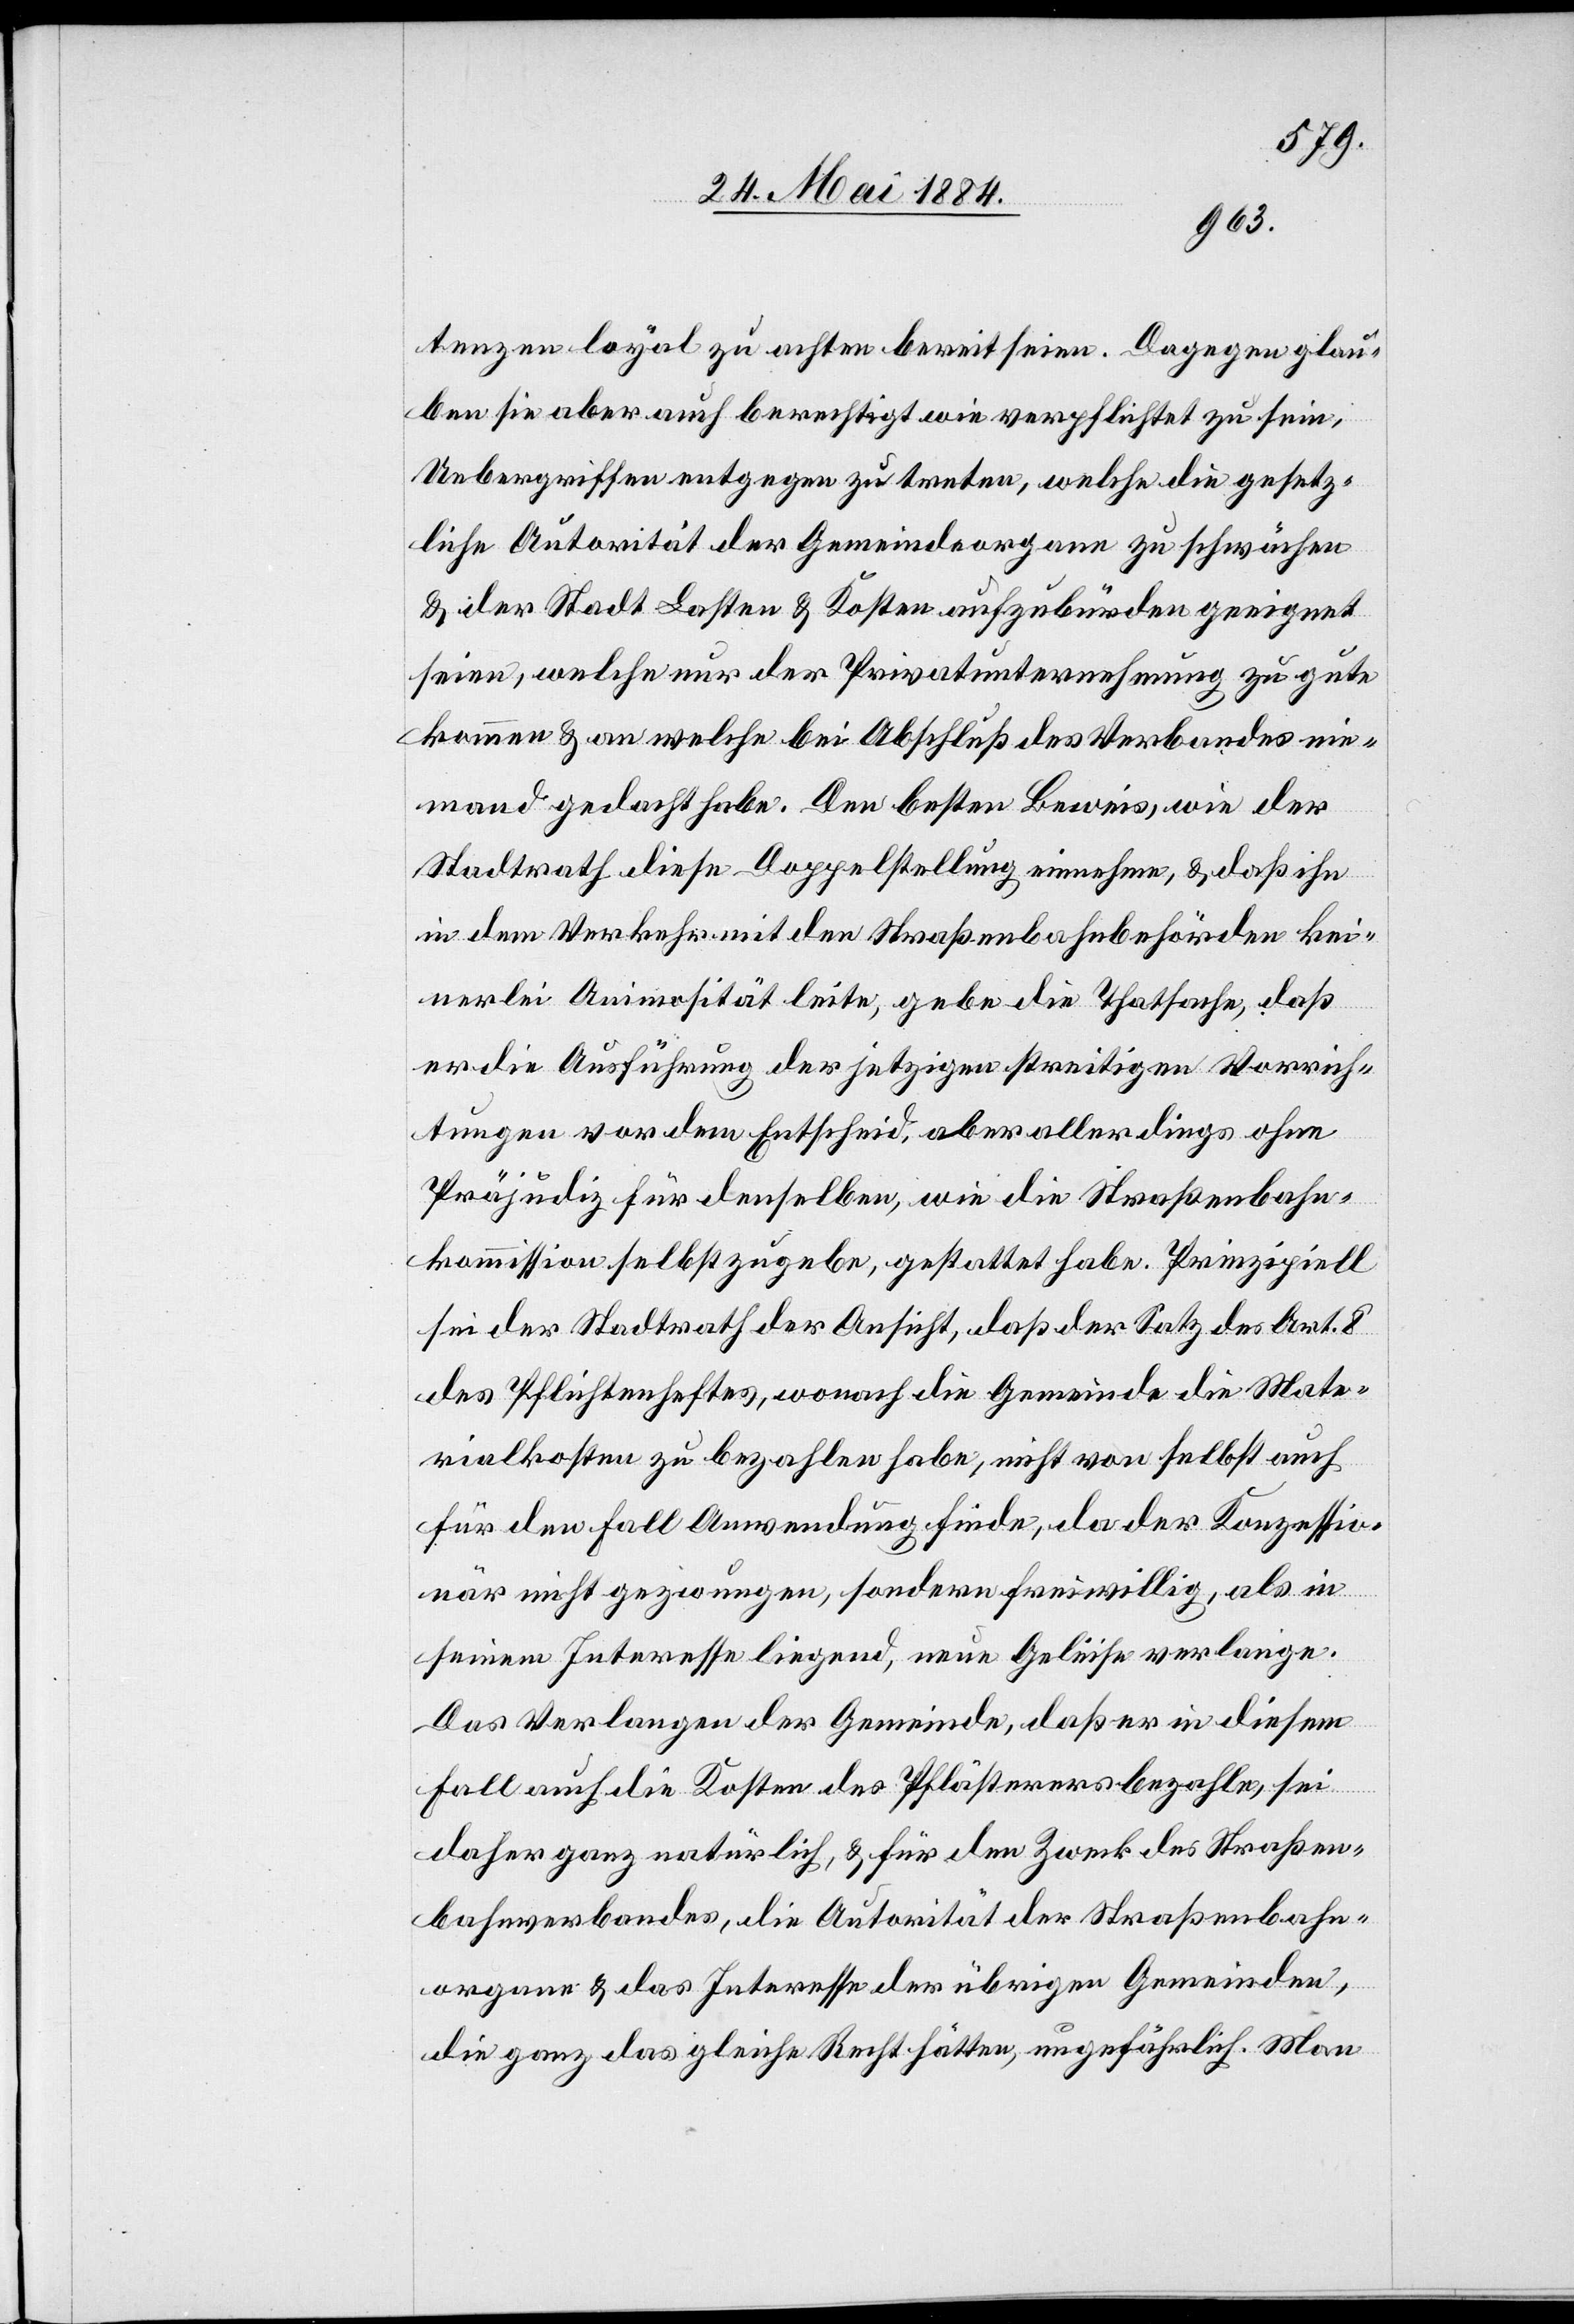
tenzen loyal zu achten bereit seien. dagegen glau¬
ben sie aber auch berechtigt wie verpflichtet zu sein,
Uebergriffen entgegen zu treten, welche die gesetz¬
liche Autorität der Gemeindeorgane zu schwächen
& der Stadt Lasten & Kosten aufzubürden geeignet
seien, welche nur der Privatunternehmung zu gute
kommen & an welche bei Abschluß des Verbandes nie¬
mand gedacht habe. Den besten Beweis, wie der
Stadtrath diese Doppelstellung einnehme, & daß ihn
in dem Verkehr mit den Straßenbahnbehörden kei¬
nerlei Animosität leite, gebe die Thatsache, daß
er die Ausführung der jetzigen streitigen Vorrich¬
tungen vor dem Entscheid, aber allerdings ohne
Präjudiz für denselben, wie die Straßenbahn¬
kommission selbst zugebe, gestattet habe. Prinzipiell
sei der Stadtrath der Ansicht, daß der Satz des Art. 8
des Pflichtenheftes, wonach die Gemeinde die Mate¬
rialkosten zu bezahlen habe, nicht von selbst auch
für den Fall Anwendung finde, da der Konzessio¬
när nicht gezwungen, sondern freiwillig, als in
seinem Interesse liegend, neue Geleise verlange.
Das Verlangen der Gemeinde, daß er in diesem
Fall auch die Kosten des Pflästerers bezahle, sei
daher ganz natürlich, & für den Zweck des Straßen¬
bahnverbandes, die Autorität der Straßenbahn¬
organe & das Interesse der übrigen Gemeinden,
die ganz das gleiche Recht hätten, ungefährlich. Man